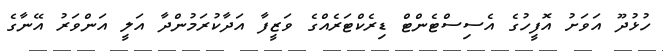
ހުޅުދޫ އަވަށު އޮފީހުގެ އެސިސްޓެންޓް ޑިރެކްޓަރެއްގެ ވަޒީފާ އަދާކުރަމުންދާ އަލީ އަންވަރު އޭނާގެ